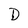
Character: D